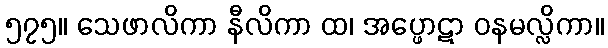
၅၇၅။ သေဖာလိကာ နီလိကာ ထ၊ အပ္ဖောဋာ ဝနမလ္လိကာ။